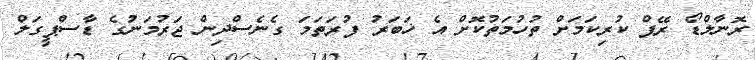
ރޮނާލްޑޯ ރޭޕް ކުރިކަމަށް ތުހުމަތުކޮށް އެ ޚަބަރު ފުރަތަމަ ގެނެސްދިން ޖަރުމަނުގެ ޑާސްޕީގަލް